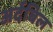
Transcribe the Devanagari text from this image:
अर्दबिल